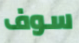
سوف